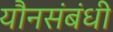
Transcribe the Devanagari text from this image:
यौनसंबंधी